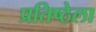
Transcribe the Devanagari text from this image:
प्रतिष्ठेला